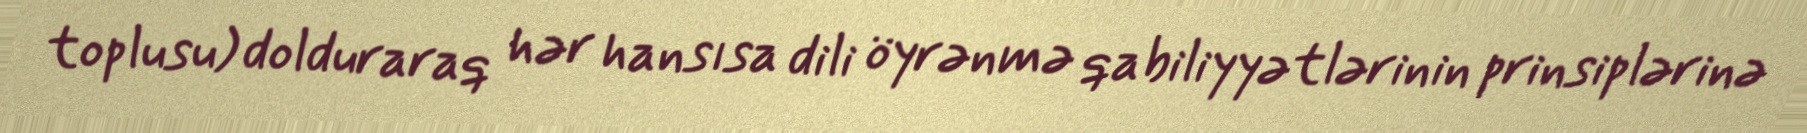
toplusu) dolduraraq hər hansısa dili öyrənmə qabiliyyətlərinin prinsiplərinə